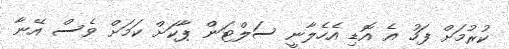
ކުރުމަށް ފަހު އެ އޮޑި އެހެލާނީ ސަލްޓަން ޕާކަށް ކަމަށް ވެސް އޭނާ